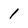
Character: 1